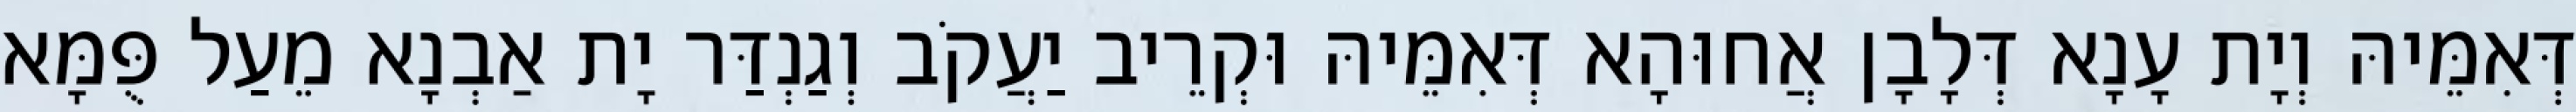
דְּאִמֵּיהּ וְיָת עָנָא דְּלָבָן אֲחוּהָא דְּאִמֵּיהּ וּקְרֵיב יַעֲקֹב וְגַנְדַּר יָת אַבְנָא מֵעַל פֻּמָּא